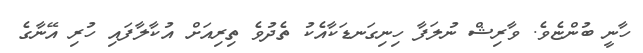
ހާނީ ބުންޏެވެ. ވާރިޝް ނުލަފާ ހިނިގަނޑަކާއެކު ތެދުވެ ތިރިއަށް އުކާލާފައި ހުރި އޭނާގެ